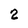
Character: 2